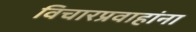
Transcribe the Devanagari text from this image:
विचारप्रवाहांना